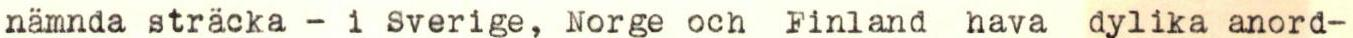
nämnda sträcka - i Sverige, Norge och Finland hava dylika anord-